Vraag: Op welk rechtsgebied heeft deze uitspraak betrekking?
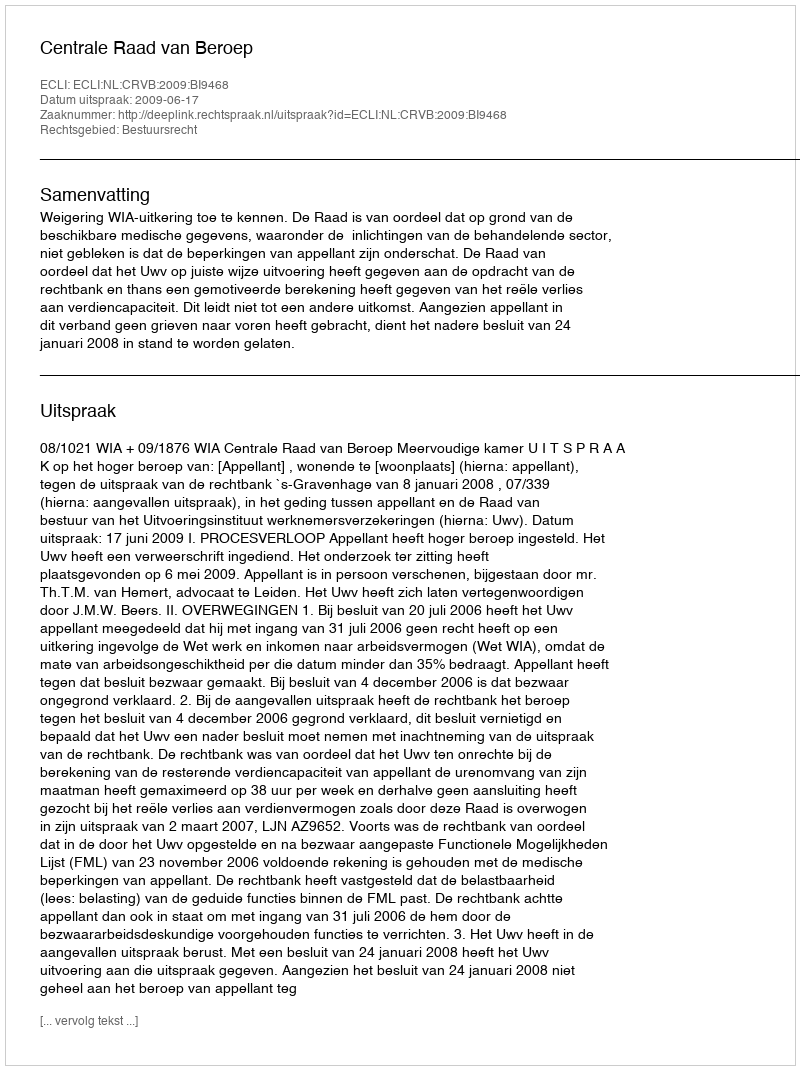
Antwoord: Bestuursrecht